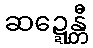
ဆဍ္ဍေန္တီ